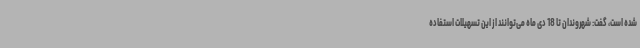
شده است، گفت: شهروندان تا 18 دی ماه می‌توانند از این تسهیلات استفاده